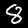
Digit: 8